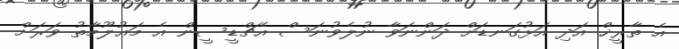
އެ ތާރީޚް އަދި އަޅުގަނޑަށް ދަންނަވާ ނުލެވުނަސް އެޗްޑީސީން އެ މަޢުލޫމާތު ވަރަށް